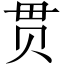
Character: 贯